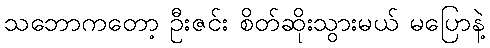
သဘောကတော့ ဦးဇင်း စိတ်ဆိုးသွားမယ် မပြောနဲ့